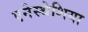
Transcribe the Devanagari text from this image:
एनेस्थेशिया